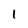
Character: l